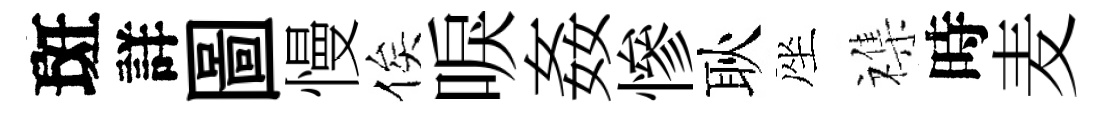
斑詳圖慢俟唳姦慘耿座襍時麦